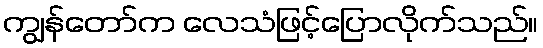
ကျွန်တော်က လေသံဖြင့်ပြောလိုက်သည်။